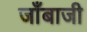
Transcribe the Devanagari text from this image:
जाँबाजी